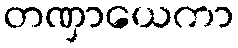
တဏှာယေကာ